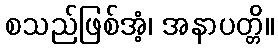
စသည်ဖြစ်အံ့၊ အနာပတ္တိ။